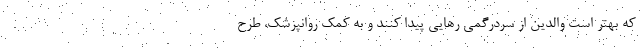
که بهتر است والدین از سردرگمی رهایی پیدا کنند و به کمک روانپزشک، طرح